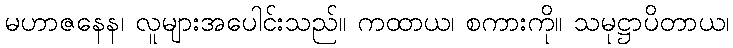
မဟာဇနေန၊ လူများအပေါင်းသည်။ ကထာယ၊ စကားကို။ သမုဋ္ဌာပိတာယ၊